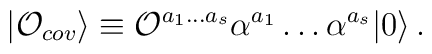
|{\cal O}_{cov}\rangle\equiv {\cal O}^{a_1\ldots a_s}\alpha^{a_1}\ldots\alpha^{a_s}|0\rangle\,.